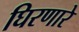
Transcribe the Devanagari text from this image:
घिरणारे